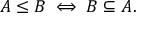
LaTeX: A \leq B \iff B \subseteq A .